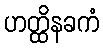
ဟတ္ထိနခကံ